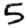
Digit: 5